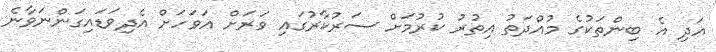
އަދި އެ ބިންތަކުގެ މުއްދަތު އިތުރު ކުރުމަށް ސަރުކާރުގައި ވަރަށް އަވަހަށް އެދިވަޑައިގަންނަވާނެ